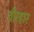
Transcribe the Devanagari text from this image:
वीरहार